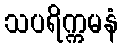
သပရိက္ကမနံ